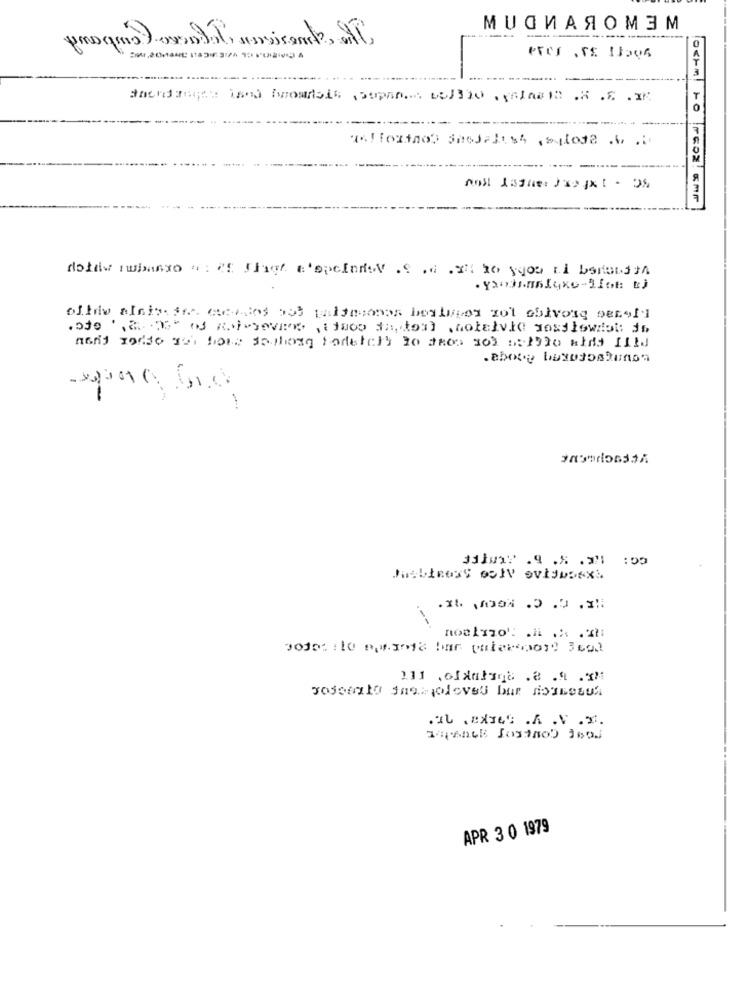
МИДИАЯОМЗМ
Whendangers land Fromdsis ( Sopa. 05/310 · galas .A .S .XX.
---
orm! to PEDI KMP
doldw rubanxo u ef Thief a'spelersV .S .d .H ho yos ti benundtA
· Yannlyxo-1Lot: tj
ofhiv aIntresse centes bot malamsonoa besluten not obivong besofl
men's Todde soi bous saclong todell') to thea son sitio wind ILId
.above busosostunon
GG :
rossetto ings olovs bur dosseus
1406065 Justno) 3602
APR 3 0 1979